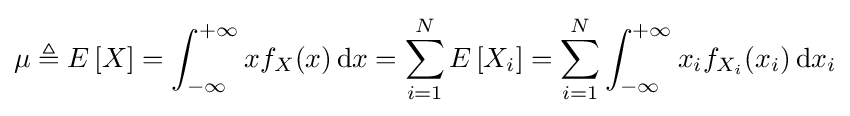
\mu \triangleq E\left[X\right]=\int _{-\infty }^{+\infty }xf_{X}(x)\,{\text{d}}x=\sum _{i=1}^{N}E\left[X_{i}\right]=\sum _{i=1}^{N}\int _{-\infty }^{+\infty }x_{i}f_{X_{i}}(x_{i})\,{\text{d}}x_{i}